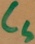
Text: CS